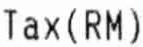
TAX(RM)